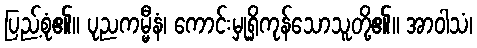
ပြည့်စုံ၏။ ပုညကမ္မီနံ၊ ကောင်းမှုရှိကုန်သောသူတို့၏။ အာဝါသံ၊